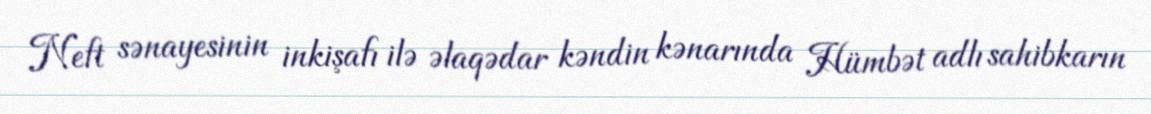
Neft sənayesinin inkişafı ilə əlaqədar kəndin kənarında Hümbət adlı sahibkarın